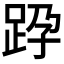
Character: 𨀊